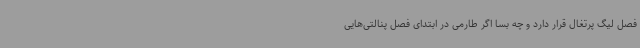
فصل لیگ پرتغال قرار دارد و چه بسا اگر طارمی در ابتدای فصل پنالتی‌هایی